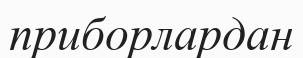
приборлардан